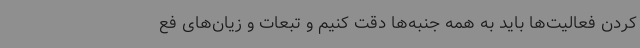
کردن فعالیت‌ها باید به همه جنبه‌ها دقت کنیم و تبعات و زیان‌های فع